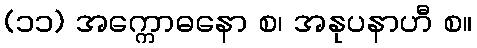
(၁၁) အက္ကောဓနော စ၊ အနုပနာဟီ စ။